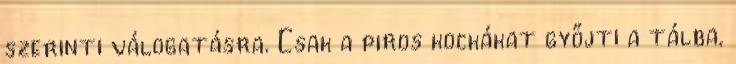
szerinti válogatásra. Csak a piros kockákat győjti a tálba,